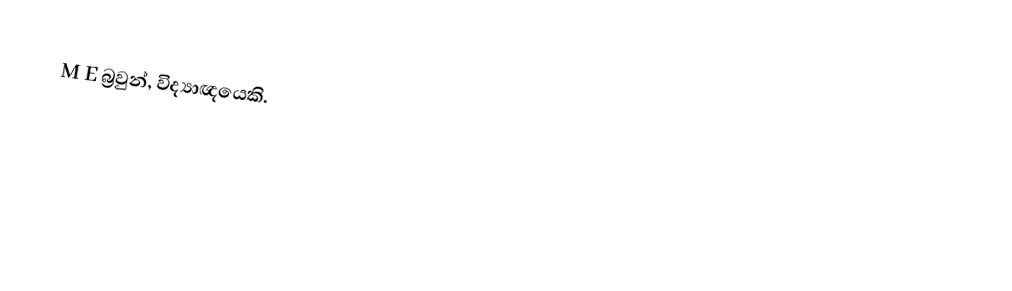
M E බ්‍රවුන්, විද්‍යාඥයෙකි.